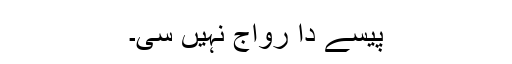
پیسے دا رواج نہیں سی۔